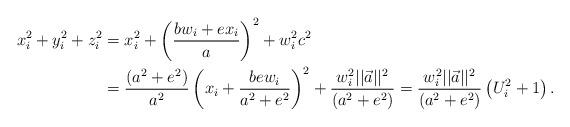
LaTeX: \begin{align*} x_i^2 +y_i^2+z_i^2 & = x_i^2 + \left(\frac{bw_i+ex_i}{a}\right)^2 +w_i^2c^2 \\& = \frac{(a^2+e^2)}{a^2}\left( x_i+ \frac{ be w_i}{a^2+e^2}\right)^2 + \frac{w_i^2||\vec{a}||^2}{(a^2+e^2)} = \frac{w_i^2||\vec{a}||^2}{(a^2+e^2)} \left(U_i^2+1 \right). \end{align*}